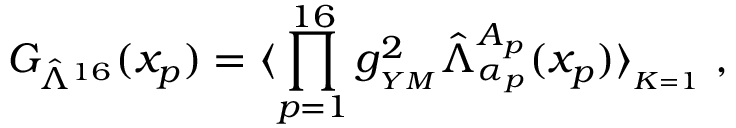
G _ { \hat { \Lambda } ^ { 1 6 } } ( x _ { p } ) = \langle \prod _ { p = 1 } ^ { 1 6 } g _ { _ { Y M } } ^ { 2 } \hat { \Lambda } _ { \alpha _ { p } } ^ { A _ { p } } ( x _ { p } ) \rangle _ { _ { K = 1 } } \; ,